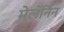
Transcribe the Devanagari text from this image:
मेलॅनिन